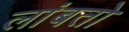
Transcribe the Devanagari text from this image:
लांबतो